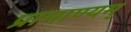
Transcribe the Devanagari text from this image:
प्रामाण्यम्